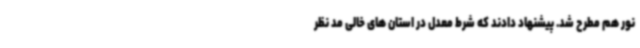
نور هم مطرح شد. پیشنهاد دادند که شرط معدل در استان های خالی مد نظر